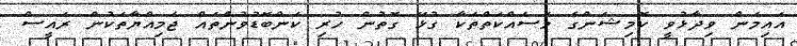
އައިމަން ވިދާޅުވީ ކޮމިޝަންގެ މަސައްކަތްތަކާ ގުޅޭ ގޮތުން ހުރި ކަންބޮޑުވުންތައް ޖަމިއްޔާތަކުން ރައީސް